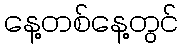
နေ့တစ်နေ့တွင်